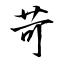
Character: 苛